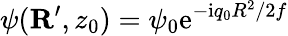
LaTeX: \psi({\mathbf R}^{\prime},z_{0})=\psi_{0}\mathrm{e}^{-\mathrm{i}q_{0}R^{2}/2f}